Sanitation, dispensaries and jails vaccination Rajputana 1922-1927 - 1922-1927
Year: 1922
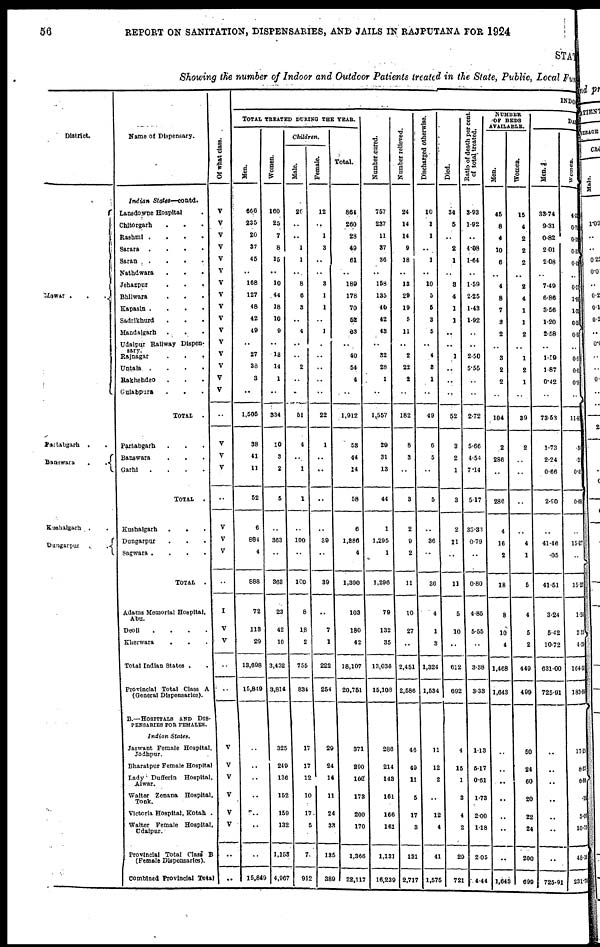
56
REPORT ON SANITATION, DISPENSARIES, AND JAILS IN RAJPUTANA FOR 1924
STAT
Showing the number of Indoor and Outdoor Patients treated in the State, Public, Local Fund
District.
Partabgarh
. .
Bannwara
.
.
Kushalgarh
.
Dungarpur
..
Name of Dipensary.
Indian
States—contd.
Lansdowne Hospital .
Chitorgarh . . .
Rashmi . . . . .
Sarara
....
Saran ....
Nathdwara
.
.
.
Jehazpur . . .
Bhilwara . . .
Kapasin .
Sadrikhurd
.
.
.
Mandalgarh
..
.
Udaipur Railway Dispen¬
sary.
Rajnagar
.
.
.
Untala.
. . .
Rakhehdeo . . .
Gulabpura . . .
TOTAL
.
Partabgarh . . .
Banswara . . .
Garhi
....
TOTAL
.
Kushalgarh
.
.
Dungarpur . . .
Sagwara
....
TOTAL
.
Adams Memorial Hospital,
Abu.
Deoli . . . .
Kherwara . . .
Total Indian States . .
Provincial Total Class A
(General Dispensaries).
B.—HOSPITALS AND DIS-
PENSARIES FOR FEMALES.
Indian
States.
Jaswant Female Hospital,
Jodhpur.
Bharatpur Female Hospital
Lady Dufferin
Hospital,
Alwar.
Walter Zenana Hospital,
Tonk.
Victoria Hospital, Kotah .
Walter Female Hospital,
Udaipur.
Provincial Total Class B
(Female Dispensaries).
Combined Provincial Total
Of what class.
V
V
V
V
V
V
V
V
V
V
V
V
V
V
V
V
V
V
V
..
V
V
V
I
V
V
..
..
V
V
V
V
V
V
..
..
INDO
TOTAL TREATED DURING THE YEAR.
Men.
666
235
20
37
45
..
168
127
48
42
49
..
27
38
3
..
1,505
38
41
11
52
6
884
4
888
72
113
29
13,698
15,849
..
..
..
..
..
..
..
15,849
Women.
160
25
7
8
15
..
10
44
18
10
9
..
13
14
1
..
334
10
3
2
5
..
363
..
368
23
42
10
3,432
3,814
325
249
136
152
159
132
1,153
4,967
Children.
Male.
26
..
..
1
1
...
8
6
3
..
4
..
..
2
..
..
51
4
..
1
1
..
100
..
100
8
18
2
755
834
17
17
12
10
17
5
7
912
Female.
12
..
1
3
..
..
3
1
1
..
1
..
..
..
..
..
22
1
..
..
..
..
39
..
30
..
7
1
222
254
29
24
14
11
24
33
135
389
Total.
864
260
28
49
61
..
189
178
70
52
63
..
40
54
4
..
1,012
53
44
14
58
6
1,386
4
1,300
103
180
42
18,107
20,751
371
290
162
173
200
170
1,366
22,117
Number cured.
757
237
11
87
36
..
153
135
40
42
43
..
32
28
1
..
1,557
29
31
13
44
1
1,295
1
1,206
70
132
35
13,036
15,108
286
214
143
161
166
161
1,131
16,239
Number relieved.
24
14
14
9
18
..
13
29
19
5
11
..
2
22
2
..
182
8
3
..
3
2
9
2
11
10
27
..
2,451
2,586
46
49
11
5
17
3
131
2,717
Discharged otherwise.
10
1
1
..
1
..
10
5
6
3
5
..
4
3
1
..
40
6
5
..
5
..
36
..
36
4
1
3
1,324
1,534
11
12
2
..
12
4
41
1,575
Died.
34
5
..
2
1
..
3
4
1
1
..
..
1
..
..
..
52
8
2
1
3
2
11
..
11
5
10
..
612
692
4
15
1
3
4
2
29
721
Ratio of death per cent.
of total treated.
3.93
1.92
..
4.08
1.64
..
1.59
2.25
1.43
1.92
..
..
2.50
5.55
..
..
2.72
5.66
4.54
7.14
5.17
33.33
0.79
..
0.80
4.85
5.55
..
3.38
3.33
1.13
5.17
0.51
1.73
2.00
1.18
2.05
4.44
NUMBER
OF BEDS
AVAILABLE.
Men.
45
8
4
10
6
..
4
8
7
3
2
..
3
2
2
..
104
2
286
..
286
4
16
2
18
8
10
4
1,468
1,643
..
..
..
..
..
..
..
1,643
Women.
15
4
2
2
2
..
2
4
1
1
2
..
1
2
1
..
39
2
..
..
..
..
4
1
5
4
5
2
449
499
50
24
60
20
22
24
200
699
DAILY
Men
33.74
9.31
0.82
2.01
2.08
..
7.49
6.86
3.56
1.20
2.58
..
1.59
1.87
0.42
..
73.53
1.73
2.24
0.66
2.90
..
41.46
.05
41.51
3.24
5.42
10.72
631.00
725.91
..
..
..
..
..
..
. .
725.91
Women.
4.3
0.7
0.1
0.8
0.4
0.2
1.8
1.3
0.2
0.5
..
0.5
0.8
0.11
..
11.81
. 35
. 21
0.41
0.68
..
15.27
..
15.27
1.24
2.32
4.28
164.30
183.66
17.25
8.25
6.80
. 18
5.06
10.56
48.16
231.75